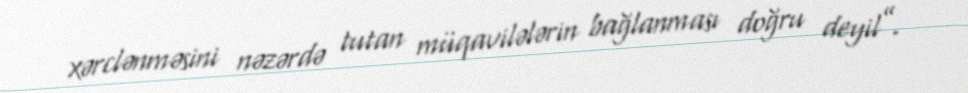
xərclənməsini nəzərdə tutan müqavilələrin bağlanması doğru deyil”.